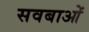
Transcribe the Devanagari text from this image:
सवबाओं